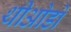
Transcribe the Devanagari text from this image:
थीओडो